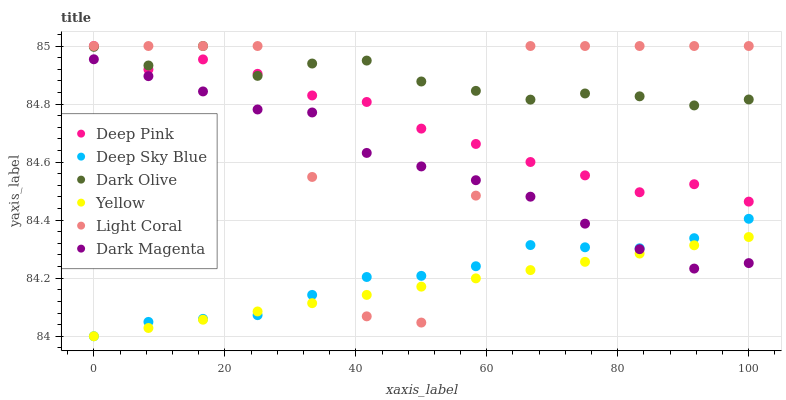
| xaxis_label | Deep Pink | Deep Sky Blue | Dark Olive | Yellow | Light Coral | Dark Magenta |
 | --- | --- | --- | --- | --- | --- | --- |
 | 0 | 85 | 84 | 85 | 84 | 85 | 85 |
 | 8.33 | 84.9 | 84 | 84.9 | 84 | 85 | 84.9 |
 | 16.7 | 85 | 84.1 | 85 | 84.1 | 85 | 84.8 |
 | 25 | 84.9 | 84.1 | 84.9 | 84.1 | 85 | 84.8 |
 | 33.3 | 84.8 | 84.1 | 84.9 | 84.1 | 84.5 | 84.8 |
 | 41.7 | 84.8 | 84.2 | 84.9 | 84.1 | 84.1 | 84.6 |
 | 50 | 84.7 | 84.2 | 84.9 | 84.2 | 84 | 84.6 |
 | 58.3 | 84.7 | 84.2 | 84.8 | 84.2 | 84.5 | 84.5 |
 | 66.7 | 84.6 | 84.3 | 84.8 | 84.2 | 85 | 84.5 |
 | 75 | 84.6 | 84.3 | 84.8 | 84.3 | 85 | 84.4 |
 | 83.3 | 84.5 | 84.3 | 84.8 | 84.3 | 85 | 84.3 |
 | 91.7 | 84.5 | 84.3 | 84.8 | 84.3 | 85 | 84.2 |
 | 100 | 84.5 | 84.4 | 84.8 | 84.3 | 85 | 84.3 |